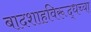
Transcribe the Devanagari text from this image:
बादशाहविरूद्धच्या